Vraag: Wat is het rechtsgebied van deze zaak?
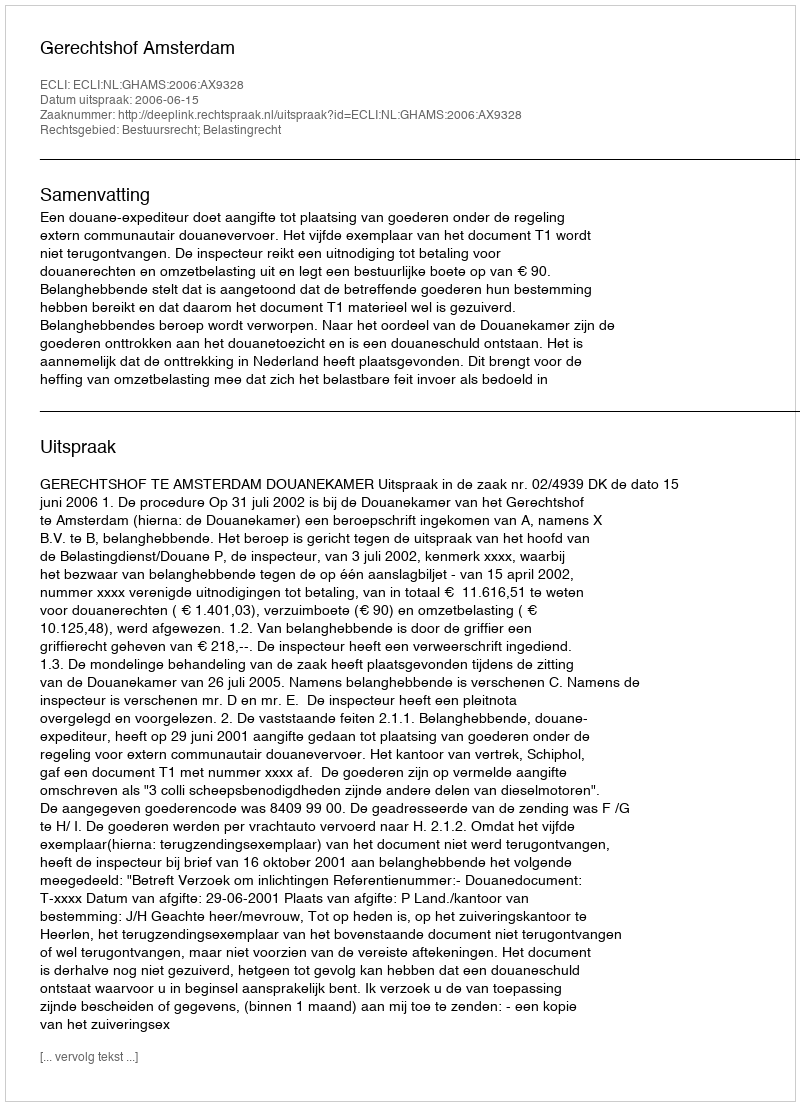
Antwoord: Bestuursrecht; Belastingrecht